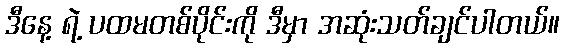
ဒီနေ့ ရဲ့ ပထမတစ်ပိုင်းကို ဒီမှာ အဆုံးသတ်ချင်ပါတယ်။